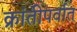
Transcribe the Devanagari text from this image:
क्रांतीपर्वात